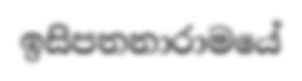
ඉසිපතනාරාමයේ